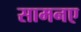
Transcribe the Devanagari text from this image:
सामनए